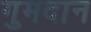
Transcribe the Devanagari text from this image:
गुमदान